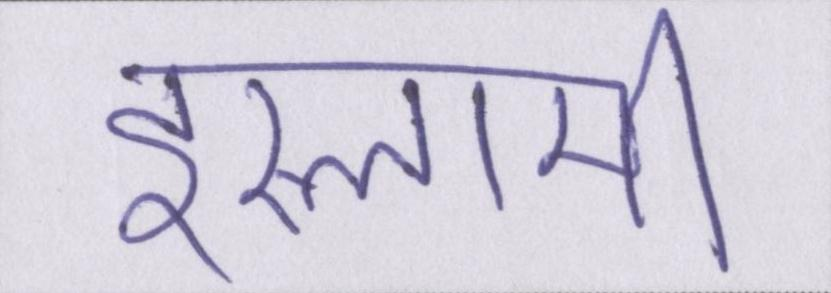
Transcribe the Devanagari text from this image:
इस्लामी